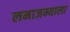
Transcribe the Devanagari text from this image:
लमाजम्याला